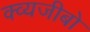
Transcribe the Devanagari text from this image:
क्व्यजीबो